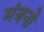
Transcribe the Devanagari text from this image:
मंत्रनो